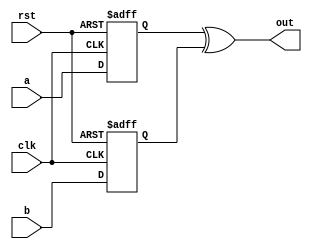
module xor_gate_delay(
    input wire a,
    input wire b,
    output reg out,
    input wire clk,
    input wire rst
);

reg a_delay, b_delay;

always @(posedge clk or posedge rst) begin
    if(rst) begin
        a_delay <= 1'b0;
        b_delay <= 1'b0;
    end else begin
        a_delay <= a;
        b_delay <= b;
    end
end

always @(*) begin
    out = a_delay ^ b_delay;
end

endmodule